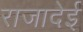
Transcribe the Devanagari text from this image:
राजादेई